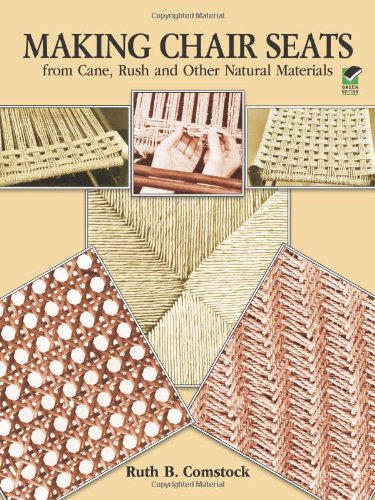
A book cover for Making Chair Seats from Cane, Rush and Other Natural Materials; Ruth B. Comstock; Crafts, Hobbies & Home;